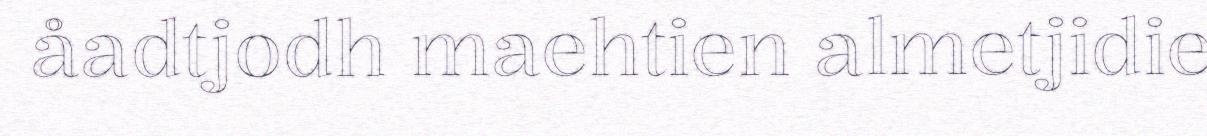
åadtjodh maehtien almetjidie